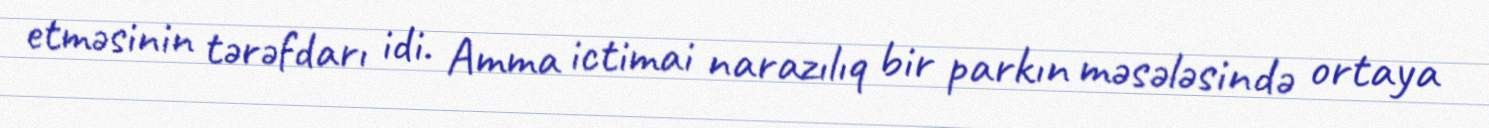
etməsinin tərəfdarı idi. Amma ictimai narazılıq bir parkın məsələsində ortaya